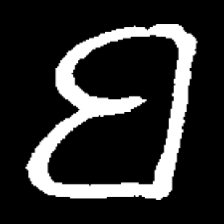
Pyu character \u2014 Myanmar letter: ဗ (romanized: ba)